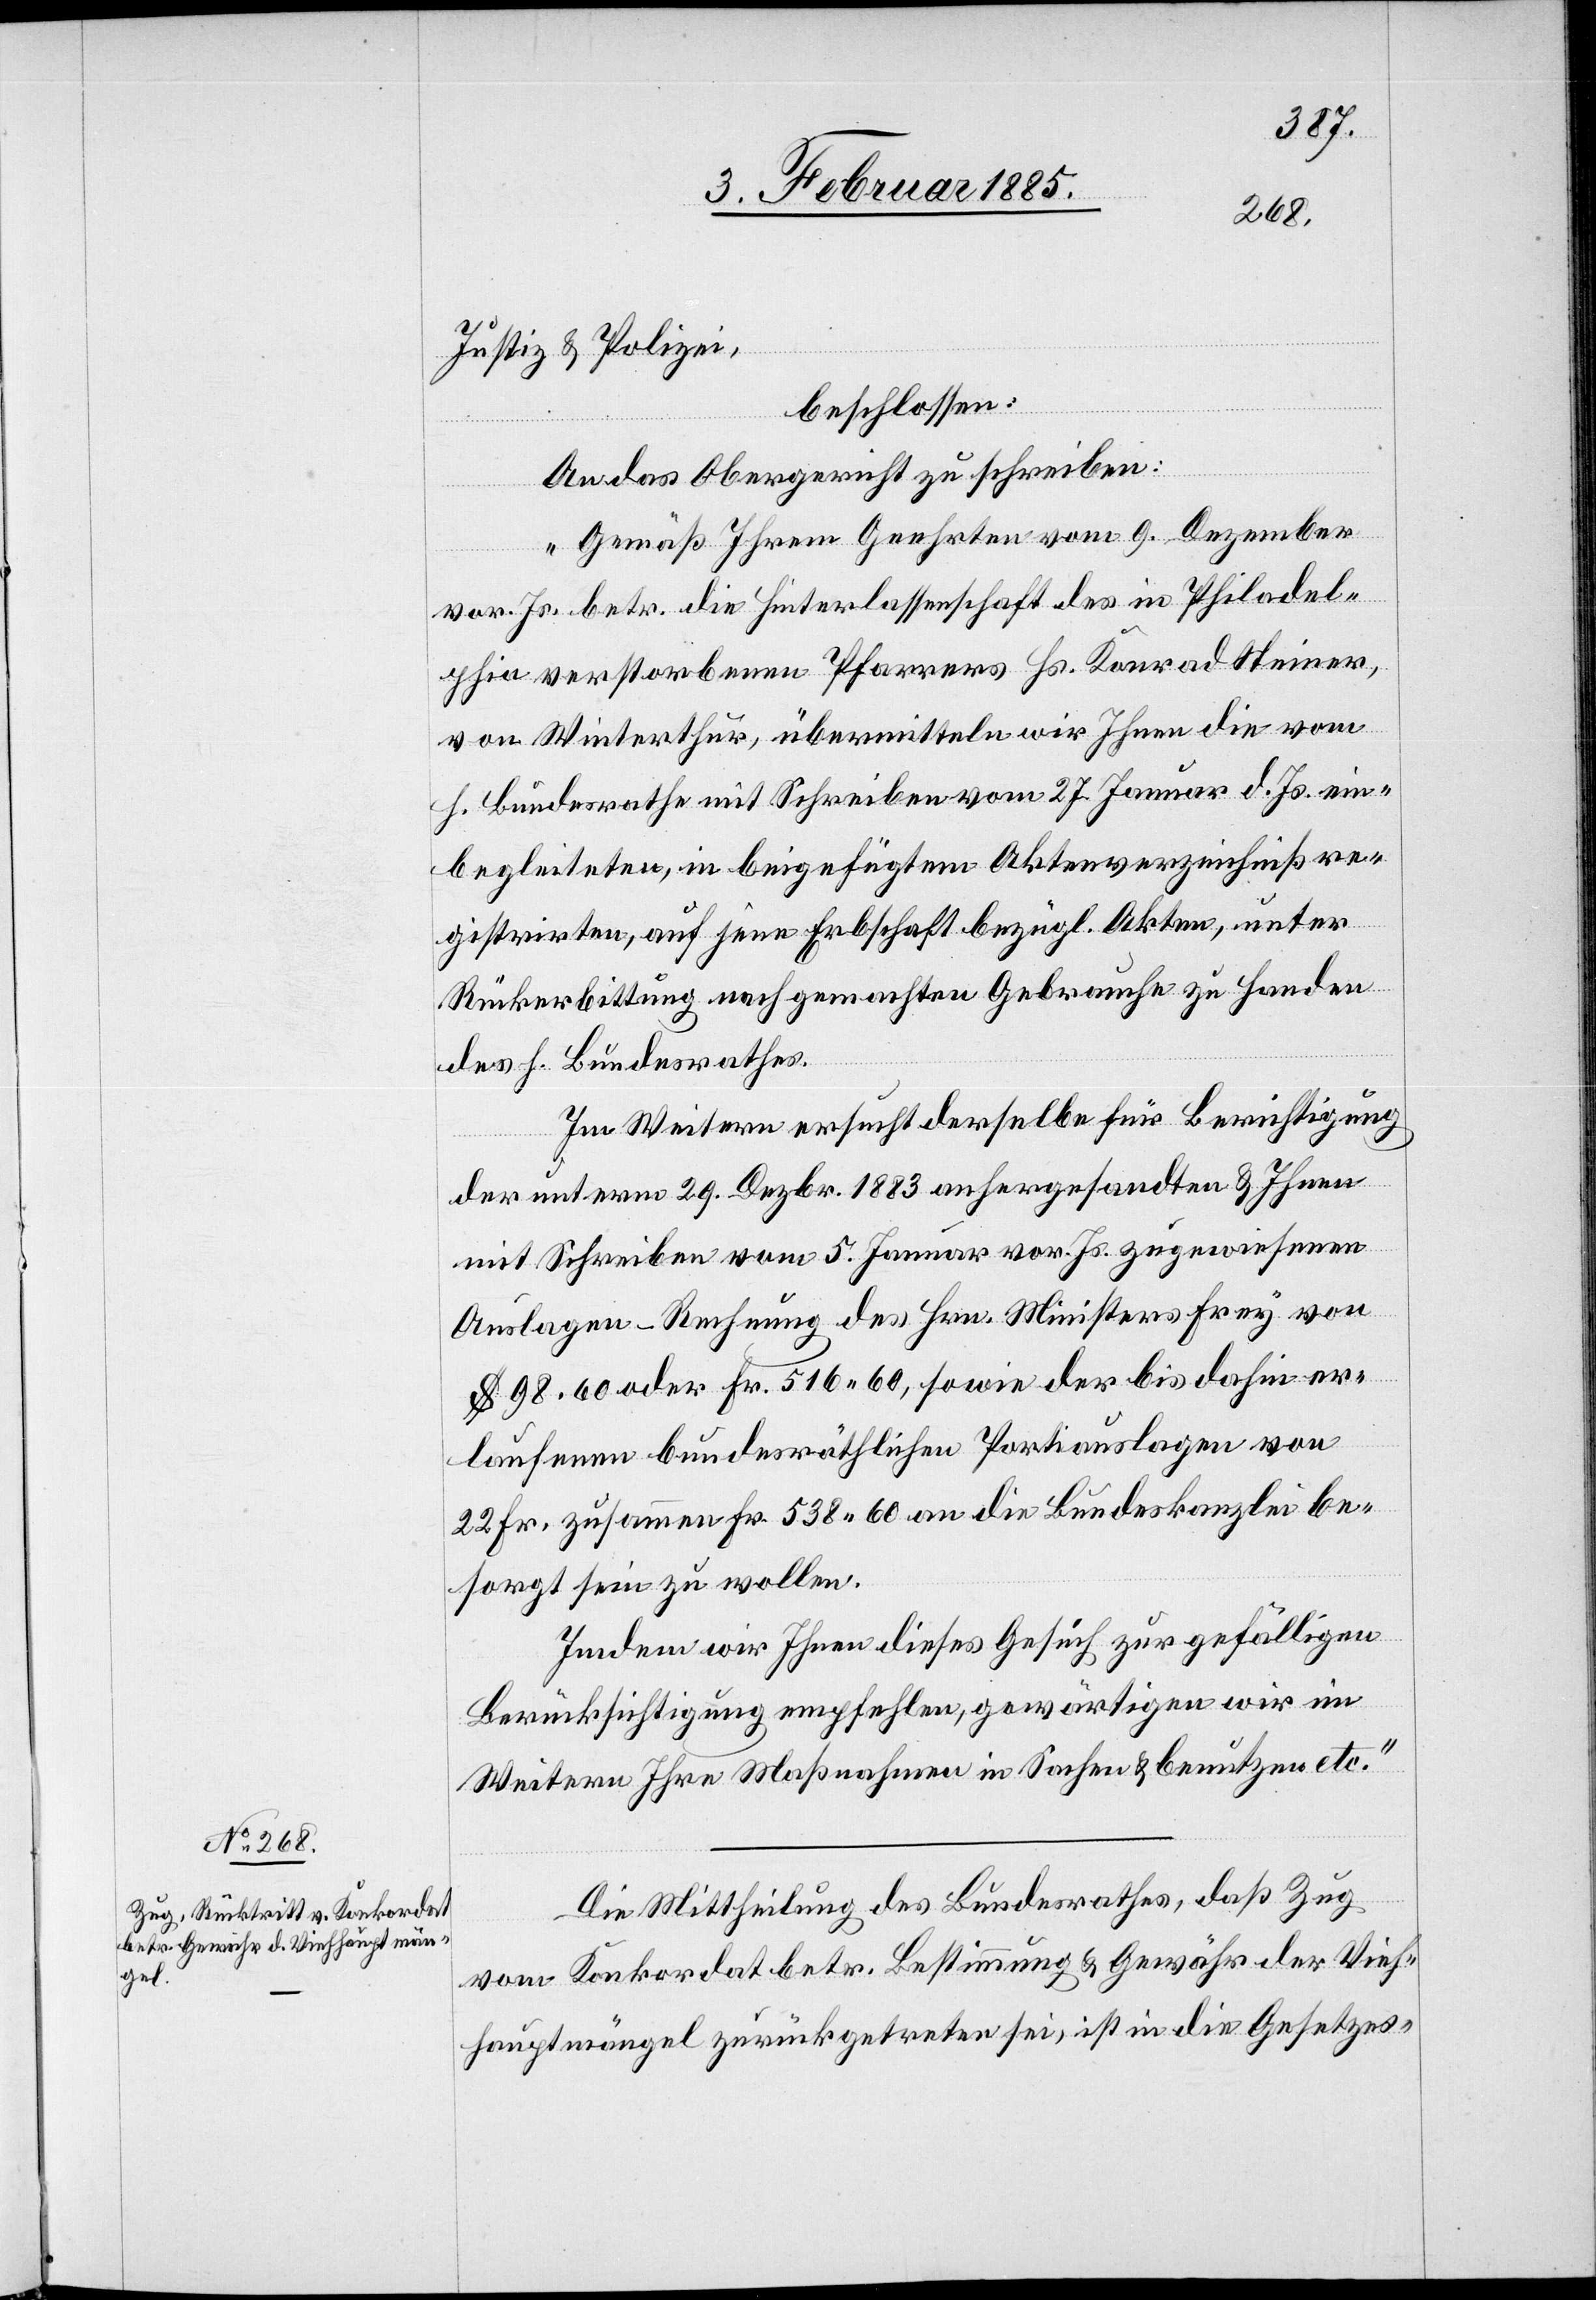
3. Februar 1885]
chniß re¬
Justiz & Polizei,
beschlossen:
An das Obergericht zu schreiben:
„Gemäß Ihrem Geehrten vom 9. Dezember
vor. Js. betr. die Hinterlassenschaft des in Philadel¬
phia verstorbenen Pfarrers Hs. Konrad Steiner,
gistrirten, auf jene Erbschaft bezügl. Akten, unter
Rückerbittung nach gemachten Gebrauche zu Handen
des h. Bundesrathes.
Im Weitern ersucht derselbe für Berichtigung
der unterm 29. Dezbr. 1883 anhergesandten & Ihnen
mit Schreiben vom 5. Januar vor Js. zugewiesenen
Auslagen-Rechnung des Hrn. Ministers Frey von
$ 98. 60 oder Fr. 516 60, sowie der bis dahin er¬
laufenen bundesräthlichen Portiauslagen von
22 Fr. zusammen Fr. 538 60 an die Bundeskanzlei be¬
sorgt sein zu wollen.
Indem wir Ihnen dieses Gesuch zur gefälligen
Berücksichtigung empfehlen, gewärtigen wir im
Weitern Ihre Maßnahme in Sachen & benutzen etc.“
Die Mittheilung des Bundesrathes, daß Zug
vom Konkordat betr. Bestimmung & Gewähr der Vieh¬
hauptmängel zurückgetreten sei, ist in die Gesetzes-